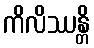
ကိလိဿန္တိ